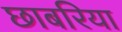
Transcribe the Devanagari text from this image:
छाबरिया